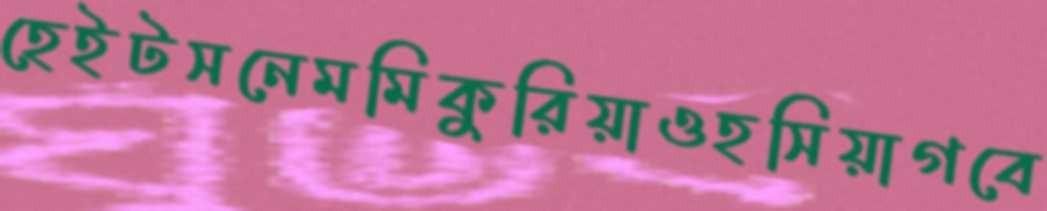
হেইটসনেমমিকুরিয়াওহসিয়াগবে